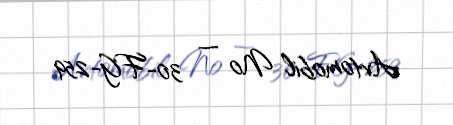
Avtomobil № — 30-FG-259